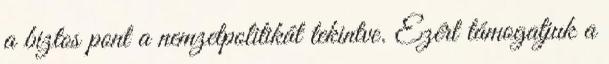
a biztos pont a nemzetpolitikát tekintve. Ezért támogatjuk a